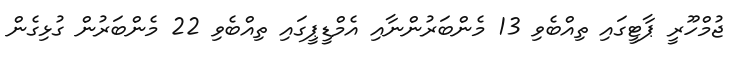
ޖުމްހޫރީ ޕާޓީގައި ތިއްބެވި 13 މެންބަރުންނާއި އެމްޑީޕީގައި ތިއްބެވި 22 މެންބަރުން ގުޅިގެން